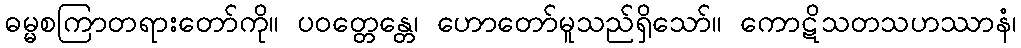
ဓမ္မစကြာတရားတော်ကို။ ပဝတ္တေန္တေ၊ ဟောတော်မူသည်ရှိသော်။ ကောဋိသတသဟဿာနံ၊